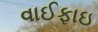
વાઈફાઇ